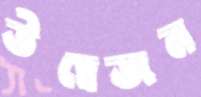
উদ্বেজন